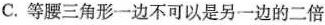
C.等腰三角形一边不可以是另一边的二倍